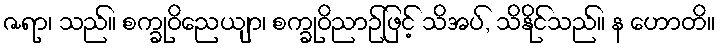
ဇရာ၊ သည်။ စက္ခုဝိညေယျာ၊ စက္ခုဝိညာဉ်ဖြင့် သိအပ်, သိနိုင်သည်။ န ဟောတိ။